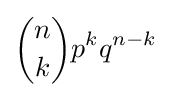
{\binom {n}{k}}p^{k}q^{n-k}